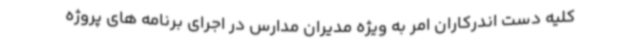
کلیه دست اندرکاران امر به ویژه مدیران مدارس در اجرای برنامه های پروژه